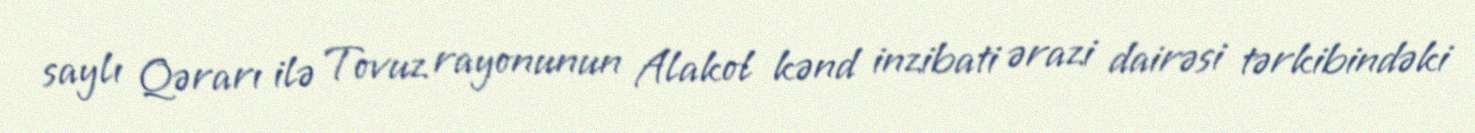
saylı Qərarı ilə Tovuz rayonunun Alakol kənd inzibati ərazi dairəsi tərkibindəki